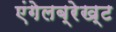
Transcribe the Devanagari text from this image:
एंगेलब्रेख्ट